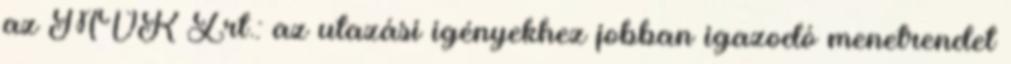
az MVK Zrt.: az utazási igényekhez jobban igazodó menetrendet